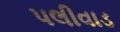
પલીવાડ